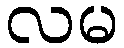
လမ